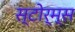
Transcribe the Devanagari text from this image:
स्टोर्म्स